Indian journal of veterinary science and animal husbandry - Volume 12,
Year: 1942
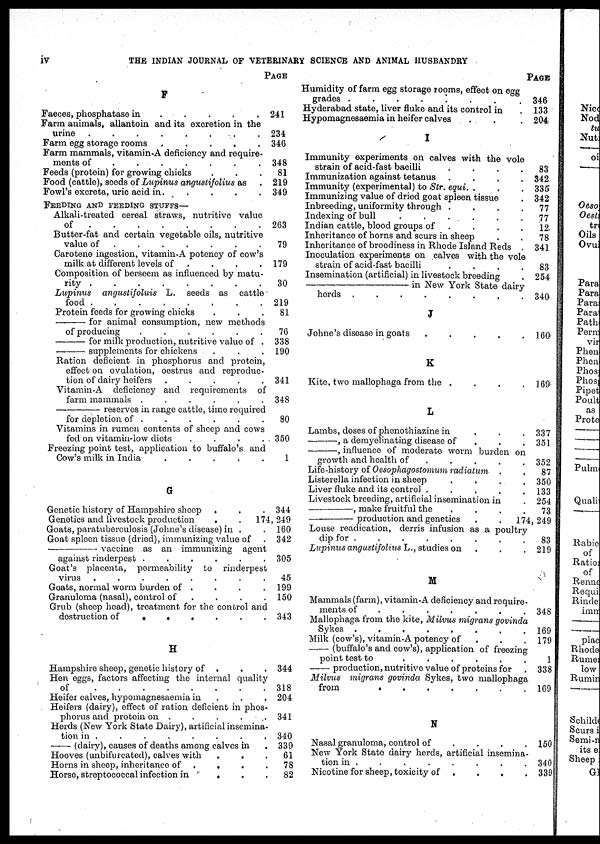
iv
THE INDIAN JOURNAL OF VETERINARY SCIENCE AND ANIMAL HUSBANDRY
F
Faeces, phosphatase in . . . . . . .
Farm animals, allantoin and its excretion in the
urine
.
.
.
.
.
.
.
.
Farm egg storage rooms
.
.
.
.
.
Farm mammals, vitamin-A deficiency and require-
ments of
.
.
.
.
.
.
.
Feeds (protein) for growing chicks . . .
Food (cattle), seeds of Lupinus angustifolius as .
Fowl's excreta, uric acid in.
.
.
.
.
FEEDING AND FEEDING STUFFS—
Alkali-treated cereal straws, nutritive value
of
.
.
.
.
.
.
.
.
Butter-fat and certain vegetable oils, nutritive
value of
.
.
.
.
.
.
.
Carotene ingestion, vitamin-A potency of cow's
milk at different levels of
Composition of berseem as influenced by matu-
rity . . . . . . .
Lupinus
angustifoluis
L. seeds as cattle
food .
.
.
.
.
.
.
.
Protein feeds for growing chicks . . .
—for
animal consumption, new methods
of producing
.
.
.
.
.
.
—for
milk production, nutritive value of .
—supplements
for chickens
Ration deficient in phosphorus and protein,
effect on ovulation, oestrus and reproduc-
tion of dairy heifers
.
.
.
.
.
Vitamin-A deficiency and requirements of
farm mammals .
.
.
.
.
.
—
reserves in range cattle, time required
for depletion of . . . . . . .
Vitamins in rumen contents of sheep and cows
fed on vitamin-low diets
.
.
.
.
Freezing point test, application to buffalo's and
Cow's milk in India
.
.
.
.
.
G
Genetic history of Hampshire sheep . . .
Genetics and livestock production
.
.
Goats, paratuberculosis (Johne's disease) in . .
Goat spleen tissue (dried), immunizing value of .
—vaccine
as an immunizing agent
against rinderpest .
.
.
.
.
.
Goat's placenta, permeability to rinderpest
virus
.
.
.
.
.
.
.
.
Goats, normal worm burden of . . . . . .
Granuloma (nasal), control of . . . .
Grub (sheep head), treatment for the control and
destruction of
.
.
.
.
.
.
H
Hampshire sheep, genetic history of . . .
Hen eggs, factors affecting the internal quality
of . . . . . . .
Heifer calves, hypomagnesaemia in
Heifers (dairy), effect of ration deficient in phos
phorus and protein on .
.
.
.
Herds (New York State Dairy), artificial insemina-
tion in . . . . . . . .
—(dairy),
causes of deaths among calves in .
Hooves (unbifurcated), calves with
.
. .
Horns in sheep, inheritance of . . . .
Horse, streptococcal infection in . . . .
PAGE
241
234
346
348
81
219
349
263
79
179
30
219
81
76
338
190
341
348
80
350
1
344
174,249
160
342
305
45
199
150
343
344
318
204
341
340
339
61
78
82
Humidity of farm egg storage rooms, effect on egg
grades .
.
.
.
.
.
.
Hyderabad state, liver fluke and its control in .
Hypomagnesaemia in heifer calves . . .
I
Immunity experiments on calves with the vole
strain of acid-fast bacilli
.
.
.
.
Immunization against tetanus
.
.
.
.
Immunity (experimental) to Str. equi. . . .
Immunizing value of dried goat spleen tissue .
Inbreeding, uniformity through .
.
.
.
Indexing of bull
.
.
.
.
.
.
Indian cattle, blood groups of . . . .
Inheritance of horns and scurs in sheep . .
Inheritance of broodiness in Rhode Island Reds .
Inoculation experiments on calves with the vole
strain of acid-fast bacilli
.
.
.
.
Insemination (artificial) in livestock breeding
—in
New York State dairy
herds .
.
.
.
.
.
.
.
J
Johne's disease in goats
.
.
.
.
.
K
Kite, two mallophaga from the .
.
.
.
L
Lambs, doses of phenothiazine in
.
.
.
—,
a demyelinating disease of . . .
—, influence of moderate worm burden on
growth and health of . . . . . . .
Life-history of Oesophagostomum radiatum . .
Listerella infection in sheep
.
.
.
.
Liver fluke and its control .
.
.
.
.
Livestock breeding, artificial insemination in .
—,
make fruitful the
.
.
.
.
—production
and genetics
.
.
Louse readication, derris infusion as a poultry
dip for . . . . . . .
Lupinus angustifolus L., studies on . . .
M
Mammals (farm), vitamin-A deficiency and require
ments of
.
.
.
Mallophaga from the kite, Milvus migrans govinda
Sykes . . . . . . .
Milk (cow's), vitamin-A potency of . . .
—(buffalo's
and cow's), application of freezing
point test to
.
.
.
.
.
.
—production,
nutritive value of proteins for .
Milvus
migrans govinda Sykes, two mallophaga
from . . . . . . .
N
Nasal granuloma, control of . . . .
New York State dairy herds, artificial insemina
tion in . . . . . . . .
Nicotine for sheep, toxicity of . . . . . . .
PAGE
346
133
204
83
342
335
342
77
77
12
78
341
83
254
340
160
169
337
351
352
87
350
133
254
73
174,249
83
219
348
169
179
1
338
169
150
340
339